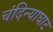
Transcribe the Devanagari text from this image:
चंदिन्याघाट